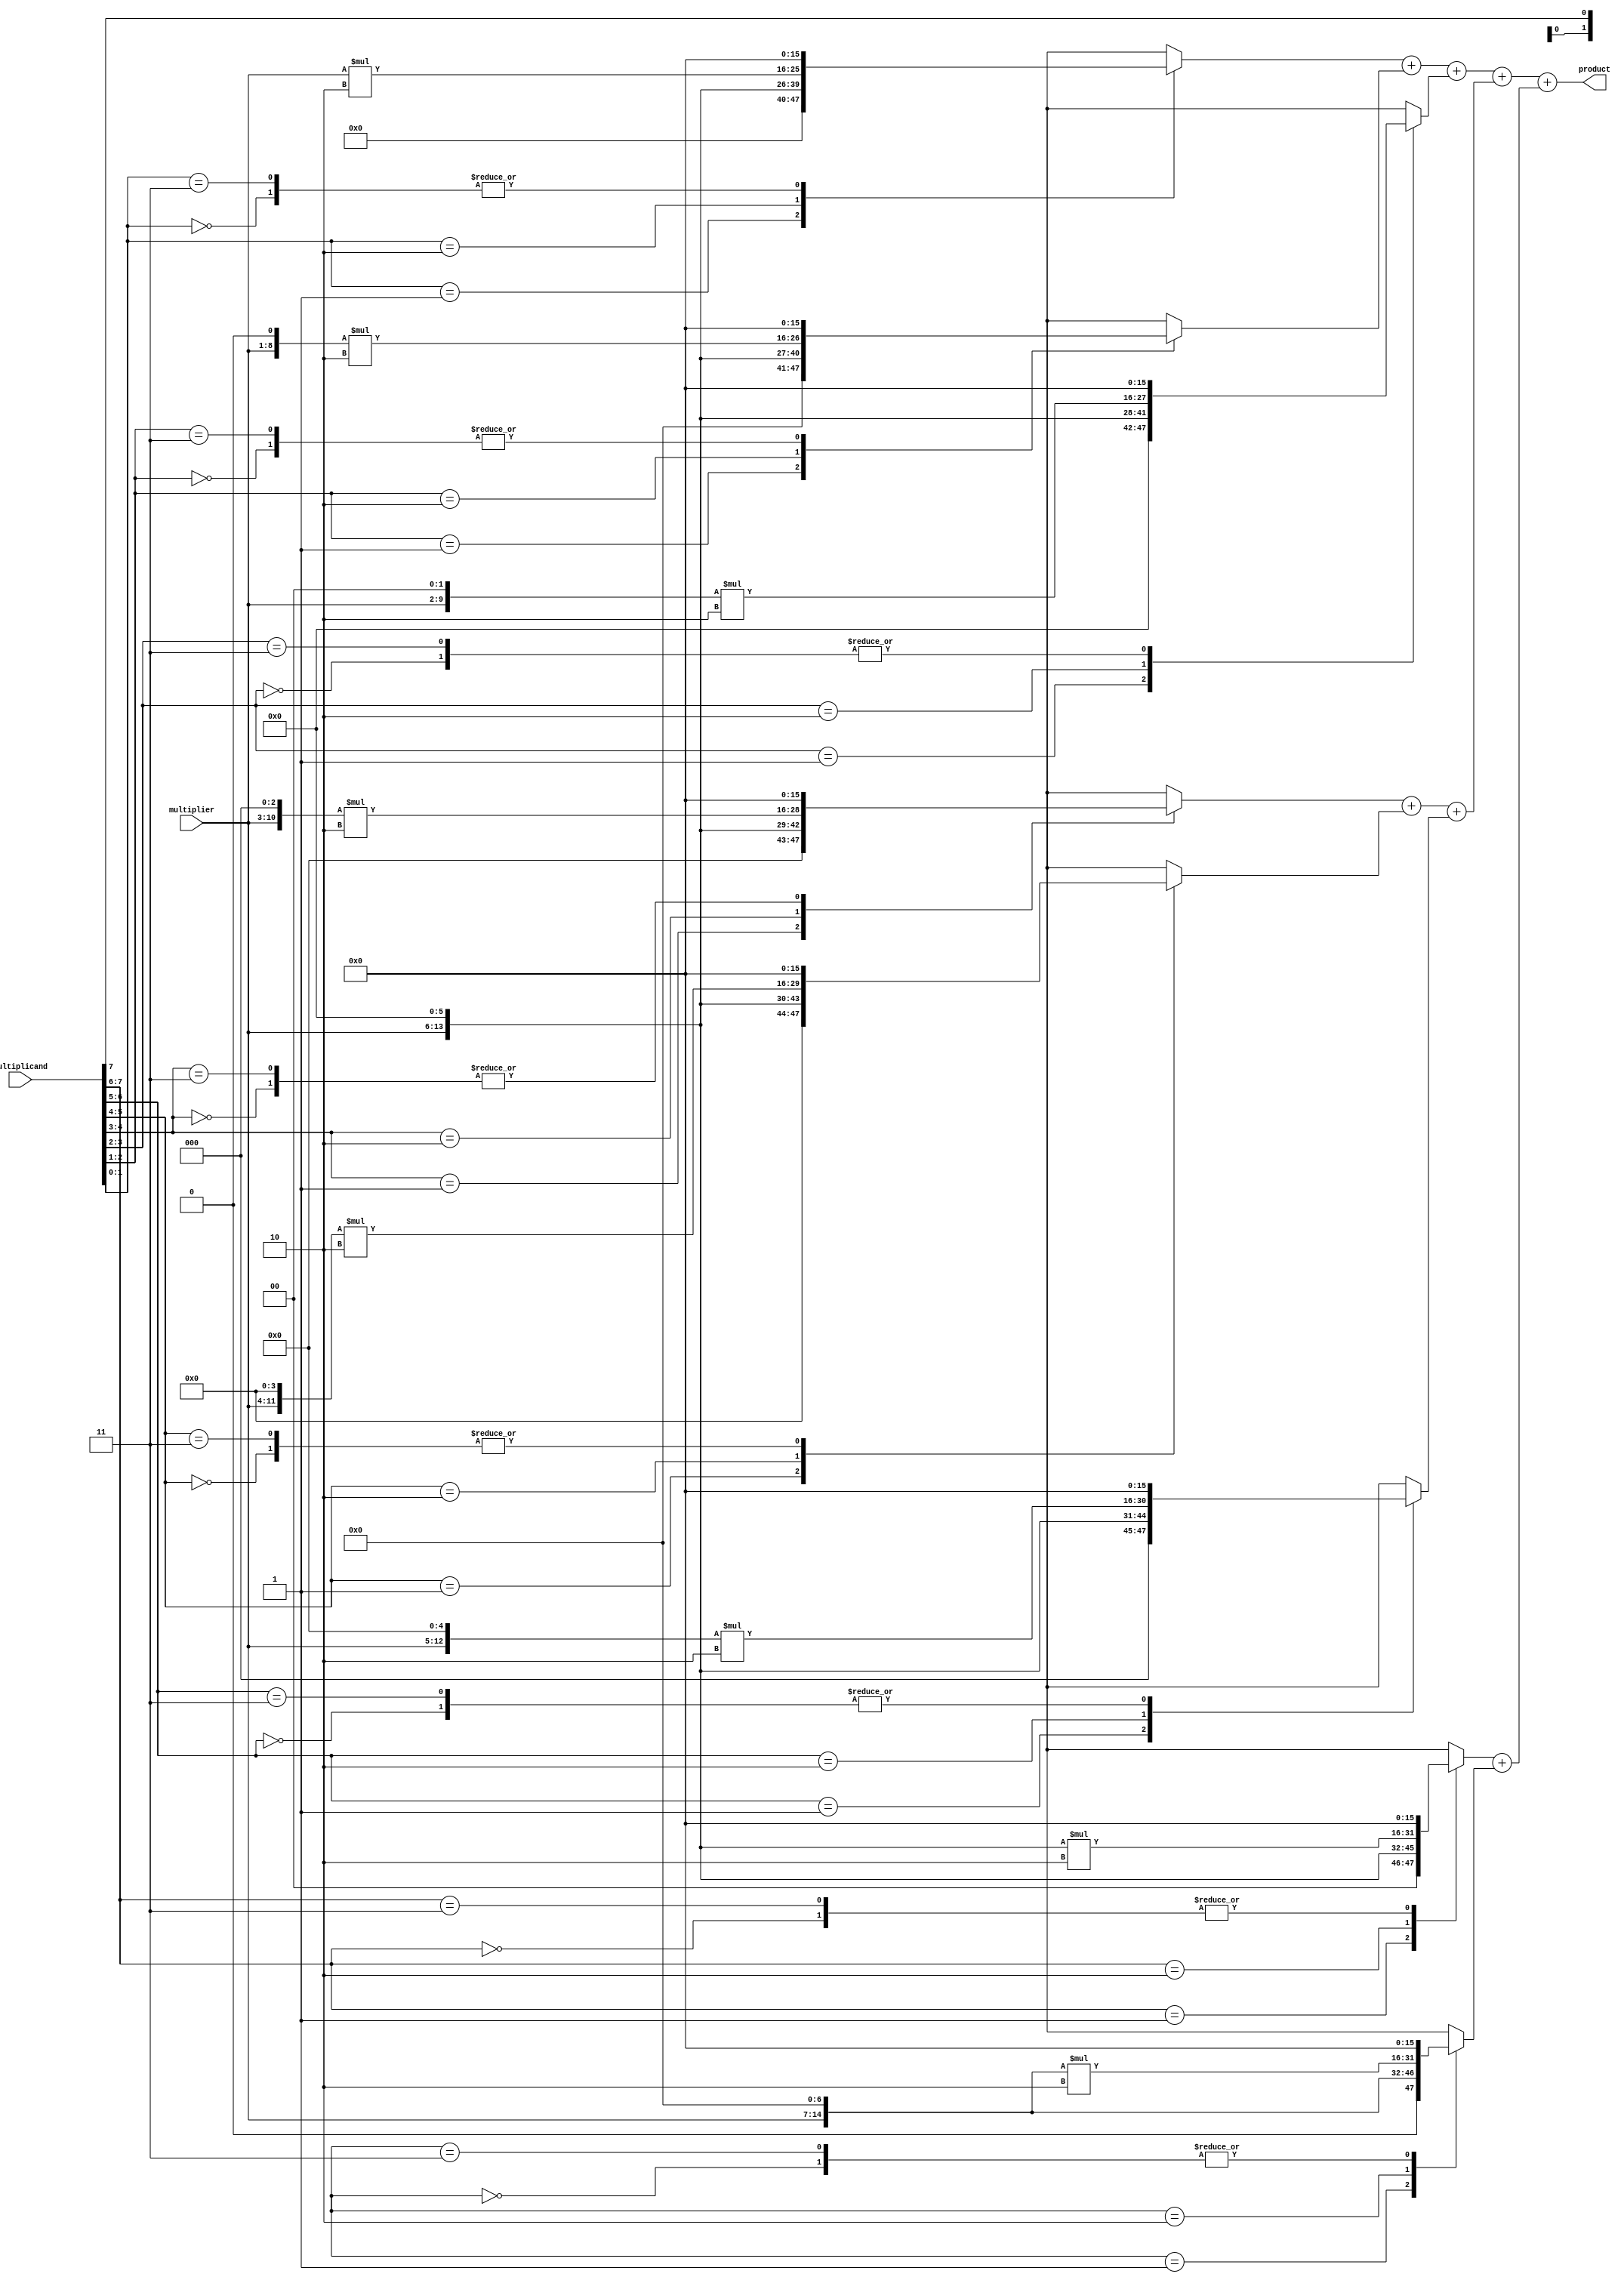
module booth_multiplier(
  input [7:0] multiplicand,
  input [7:0] multiplier,
  output reg [15:0] product
);

// Partial product generation block
reg [15:0] partial_products [0:7];
integer i;
always @(*) begin
  for(i=0; i<8; i=i+1) begin
    case(multiplicand[i:i+1])
      2'b00: partial_products[i] = 0;
      2'b01: partial_products[i] = multiplier << i;
      2'b10: partial_products[i] = (multiplier << i) * 2;
      2'b11: partial_products[i] = 0;
    endcase
  end
end

// Wallace tree reduction unit
reg [15:0] reduced_products [0:2];
always @(*) begin
  reduced_products[0] = partial_products[0] + partial_products[1] + partial_products[2];
  reduced_products[1] = partial_products[3] + partial_products[4] + partial_products[5];
  reduced_products[2] = partial_products[6] + partial_products[7];
end

// Final adder
always @(*) begin
  product = reduced_products[0] + reduced_products[1] + reduced_products[2];
end

endmodule